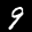
Label: 9